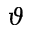
\vartheta